Indian journal of veterinary science and animal husbandry - Volumes 15-17, 1948-1951
Year: 1948
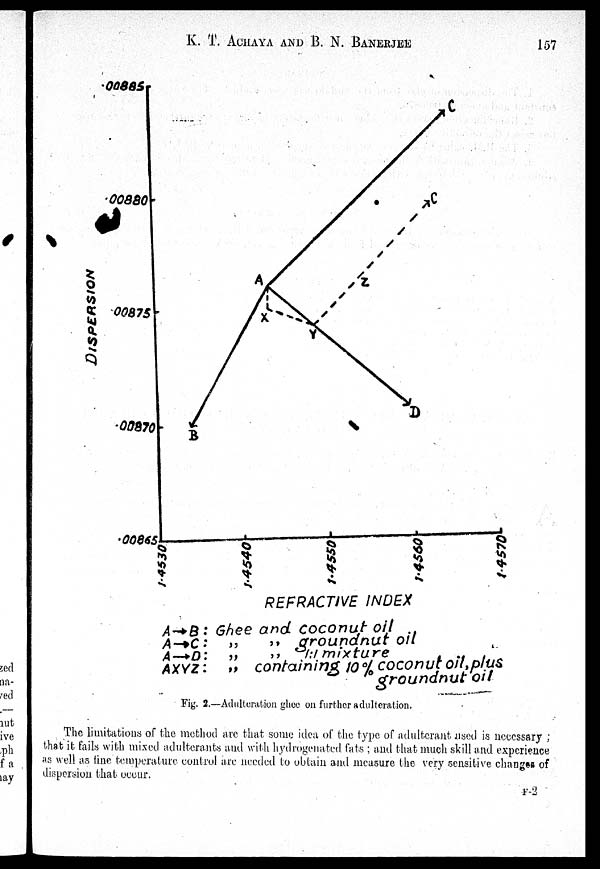
K. T. ACHAYA AND B. N.
BANERJEE
157
Fig. 2.—Adulteration ghee on further adulteration.
The limitations of the method are that some idea of the type of adulterant used is necessary ;
that it fails with mixed adulterants and with hydrogenated fats ; and that much skill and experience
as well as fine temperature control are needed to obtain and measure the very sensitive changes of
dispersion that occur.
F-2